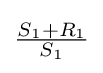
{\tfrac {S_{1}+R_{1}}{S_{1}}}